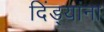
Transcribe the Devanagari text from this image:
दिंड्यांना